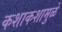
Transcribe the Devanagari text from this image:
कशाकशामुळे